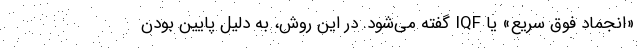
«انجماد فوق سریع» یا IQF‌ گفته می‌شود. در این روش، به دلیل پایین بودن